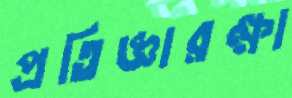
প্রতিজ্ঞারক্ষা